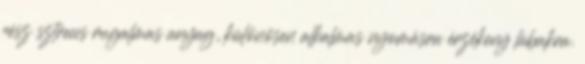
rész sztreccs rugalmas anyag, különösen alkalmas nyomásra érzékeny lábakra.